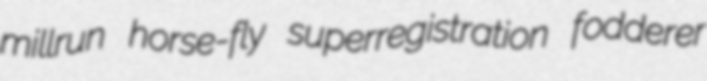
millrun horse-fly superregistration fodderer